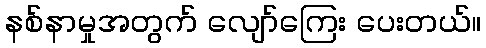
နစ်နာမှုအတွက် လျော်ကြေး ပေးတယ်။